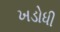
ખડોધી